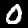
Digit: 0